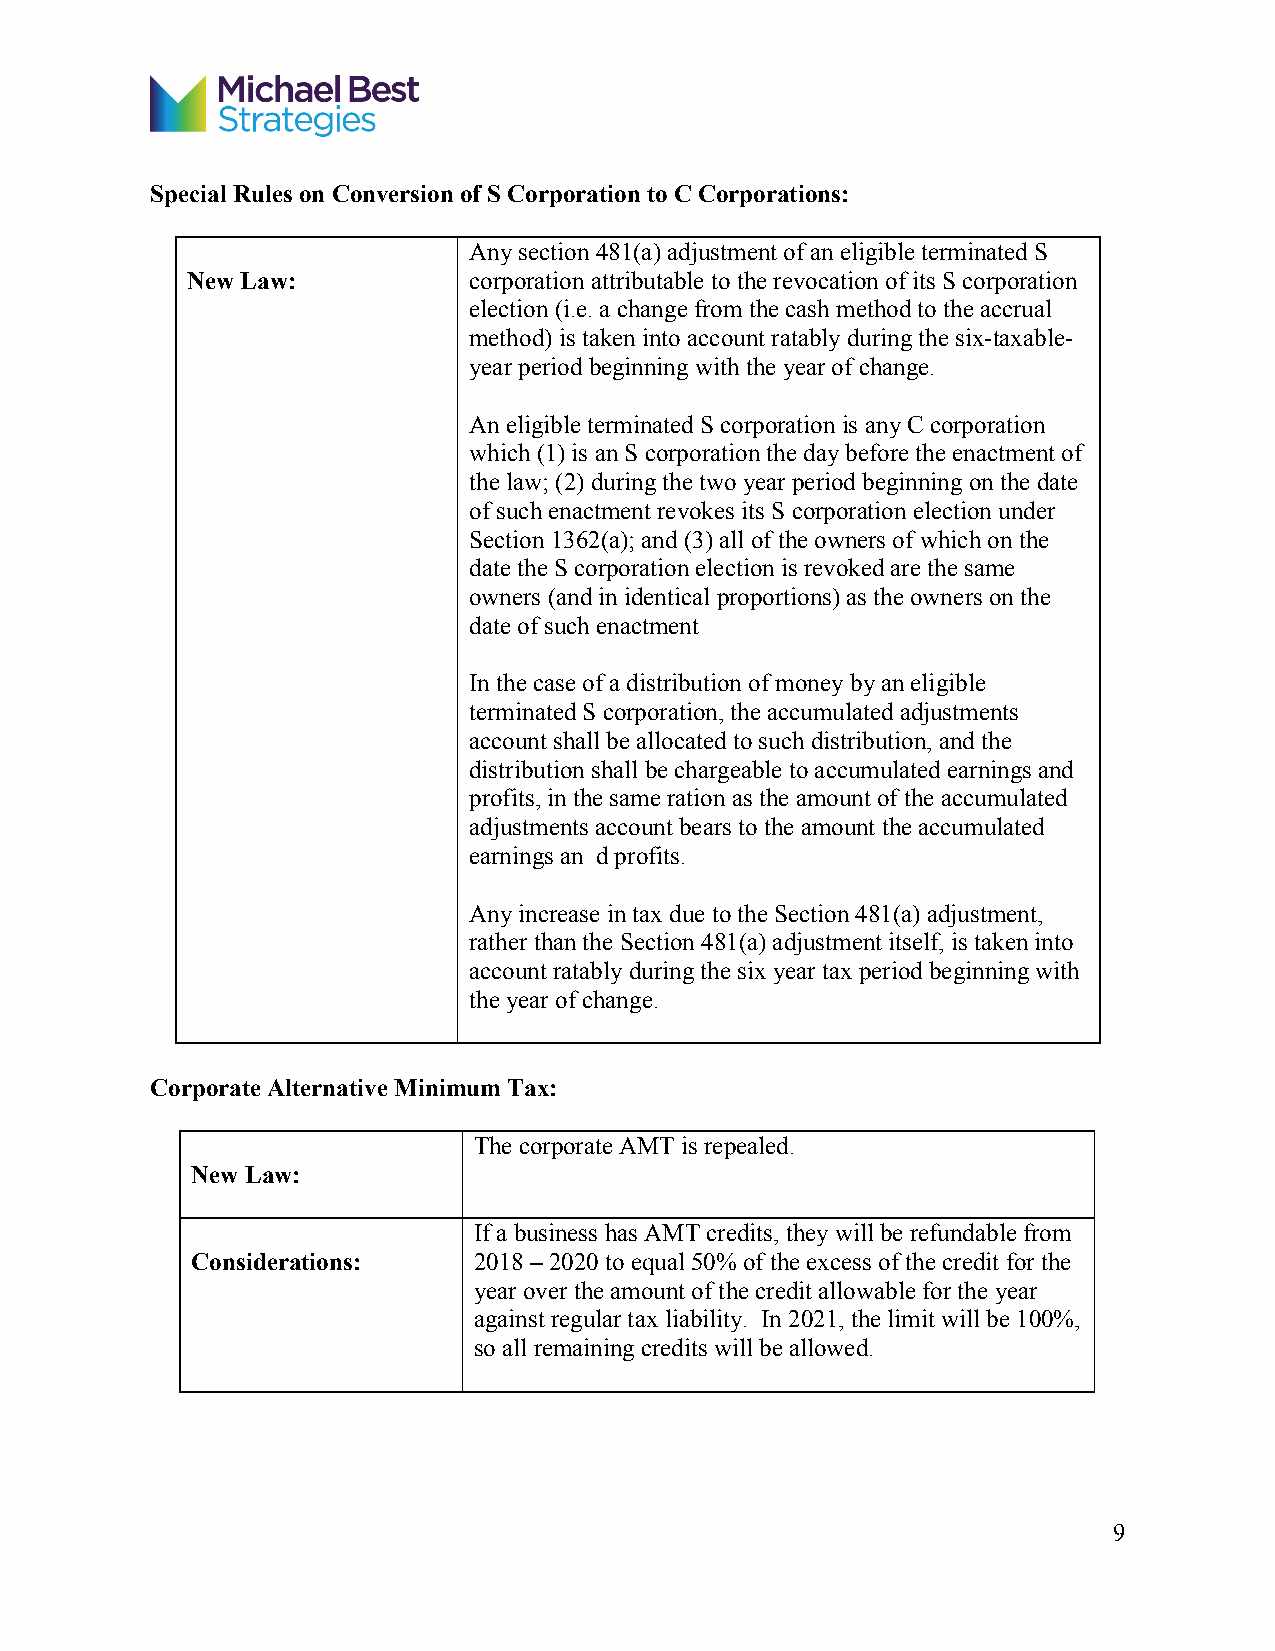
Special Rules on Conversion of S Corporation to C Corporations:
 Any section 481(a) adjustment of an eligible terminated S
 New Law:           corporation attributable to the revocation of its S corporation
 election (i.e. a change from the cash method to the accrual
 method) is taken into account ratably during the six-taxable-
 year period beginning with the year of change.
 An eligible terminated S corporation is any C corporation
 which (1) is an S corporation the day before the enactment of
 the law; (2) during the two year period beginning on the date
 of such enactment revokes its S corporation election under
 Section 1362(a); and (3) all of the owners of which on the
 date the S corporation election is revoked are the same
 owners (and in identical proportions) as the owners on the
 date of such enactment
 In the case of a distribution of money by an eligible
 terminated S corporation, the accumulated adjustments
 account shall be allocated to such distribution, and the
 distribution shall be chargeable to accumulated earnings and
 profits, in the same ration as the amount of the accumulated
 adjustments account bears to the amount the accumulated
 earnings an d profits.
 Any increase in tax due to the Section 481(a) adjustment,
 rather than the Section 481(a) adjustment itself, is taken into
 account ratably during the six year tax period beginning with
 the year of change.
 Corporate Alternative Minimum Tax:
 The corporate AMT is repealed.
 New Law:
 If a business has AMT credits, they will be refundable from
 Considerations:   2018 – 2020 to equal 50% of the excess of the credit for the
 year over the amount of the credit allowable for the year
 against regular tax liability. In 2021, the limit will be 100%,
 so all remaining credits will be allowed.
 9